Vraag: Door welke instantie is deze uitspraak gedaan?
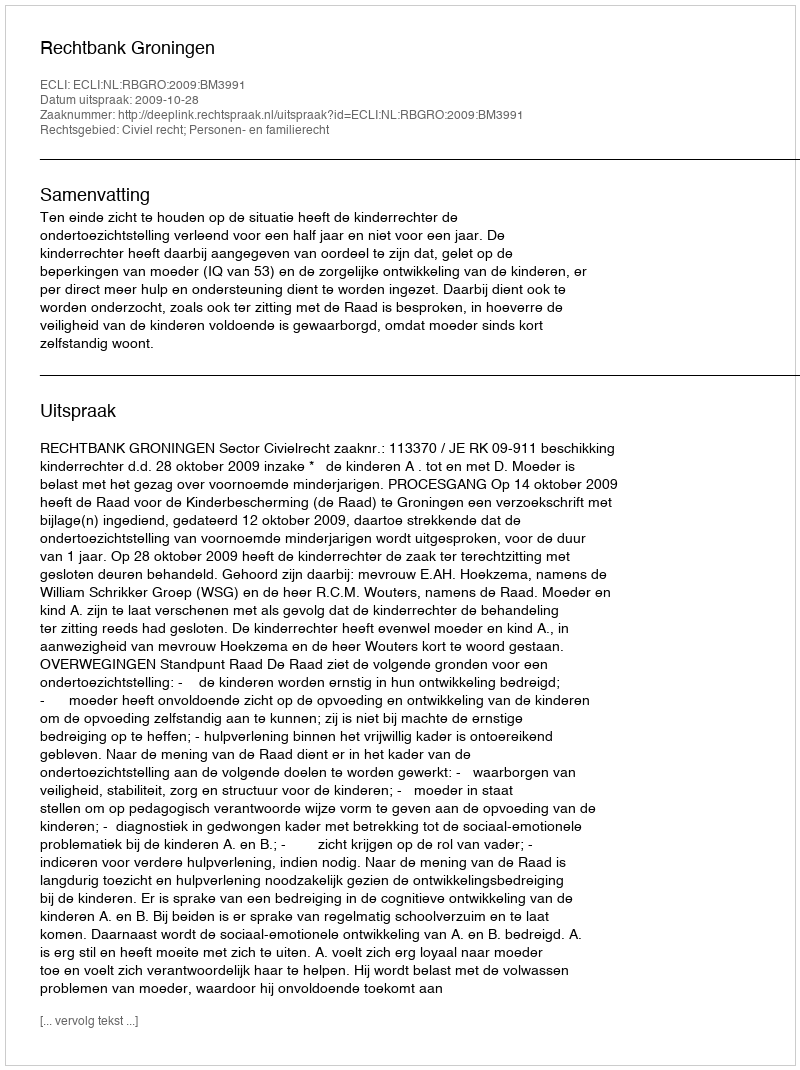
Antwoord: Rechtbank Groningen